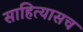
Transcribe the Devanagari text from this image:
साहित्यासच